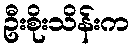
ဦးစိုးသိန်းက